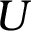
U